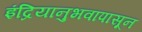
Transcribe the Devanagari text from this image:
इंद्रियानुभवापासून